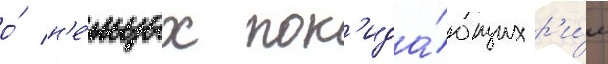
о́ н'е́мцах пок'ида́ющих р'и́м